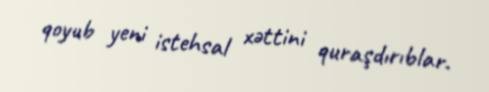
qoyub yeni istehsal xəttini quraşdırıblar.